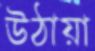
উঠায়া